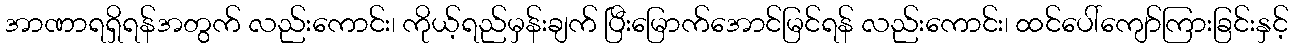
အာဏာရရှိရန်အတွက် လည်းကောင်း၊ ကိုယ့်ရည်မှန်းချက် ပြီးမြောက်အောင်မြင်ရန် လည်းကောင်း၊ ထင်ပေါ်ကျော်ကြားခြင်းနှင့်